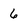
Character: 6